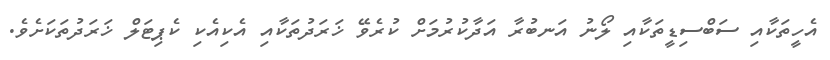
އެހީތަކާއި ސަބްސިޑީތަކާއި ލޯނު އަނބުރާ އަދާކުރުމަށް ކުރެވޭ ޚަރަދުތަކާއި އެކިއެކި ކެޕިޓަލް ޚަރަދުތަކަށެވެ.